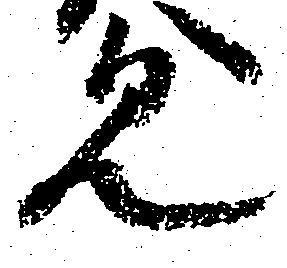
見